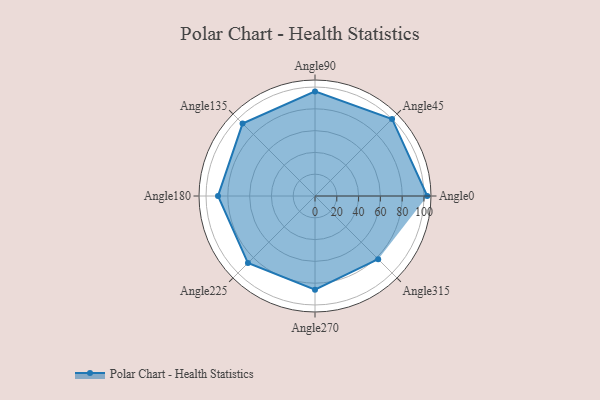
{"axis": {"x": "Angle", "y": "Radius"}, "legend": [""], "data": [{"x": "Angle0", "y": 103.0, "type": ""}, {"x": "Angle45", "y": 100.0, "type": ""}, {"x": "Angle90", "y": 96.0, "type": ""}, {"x": "Angle135", "y": 94.0, "type": ""}, {"x": "Angle180", "y": 89.0, "type": ""}, {"x": "Angle225", "y": 87.0, "type": ""}, {"x": "Angle270", "y": 86.0, "type": ""}, {"x": "Angle315", "y": 82.0, "type": ""}]}